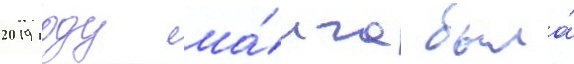
2019 году ма́нга была́